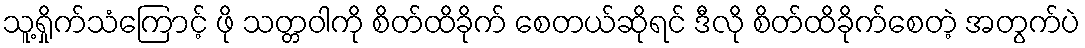
သူ့ရှိုက်သံကြောင့် ဖို သတ္တဝါကို စိတ်ထိခိုက် စေတယ်ဆိုရင် ဒီလို စိတ်ထိခိုက်စေတဲ့ အတွက်ပဲ